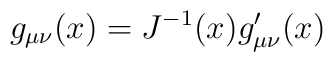
g_{\mu\nu}(x)=J^{-1}(x)g^{\prime}_{\mu\nu}(x)